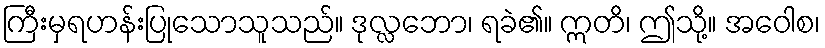
ကြီးမှရဟန်းပြုသောသူသည်။ ဒုလ္လဘော၊ ရခဲ၏။ ဣတိ၊ ဤသို့။ အဝေါစ၊